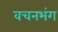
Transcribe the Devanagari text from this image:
वचनभंग